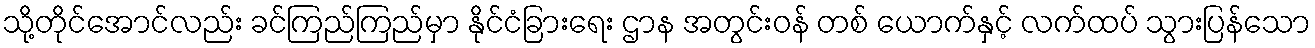
သို့တိုင်အောင်လည်း ခင်ကြည်ကြည်မှာ နိုင်ငံခြားရေး ဌာန အတွင်းဝန် တစ် ယောက်နှင့် လက်ထပ် သွားပြန်သော